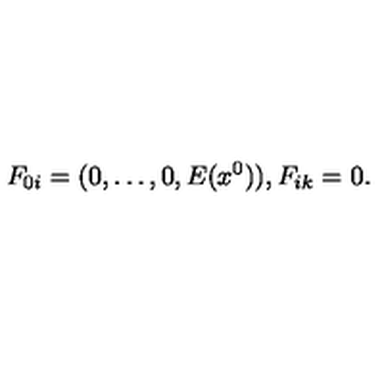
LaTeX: F _ { 0 i } = ( 0 , \ldots , 0 , E ( x ^ { 0 } ) ) , F _ { i k } = 0 .